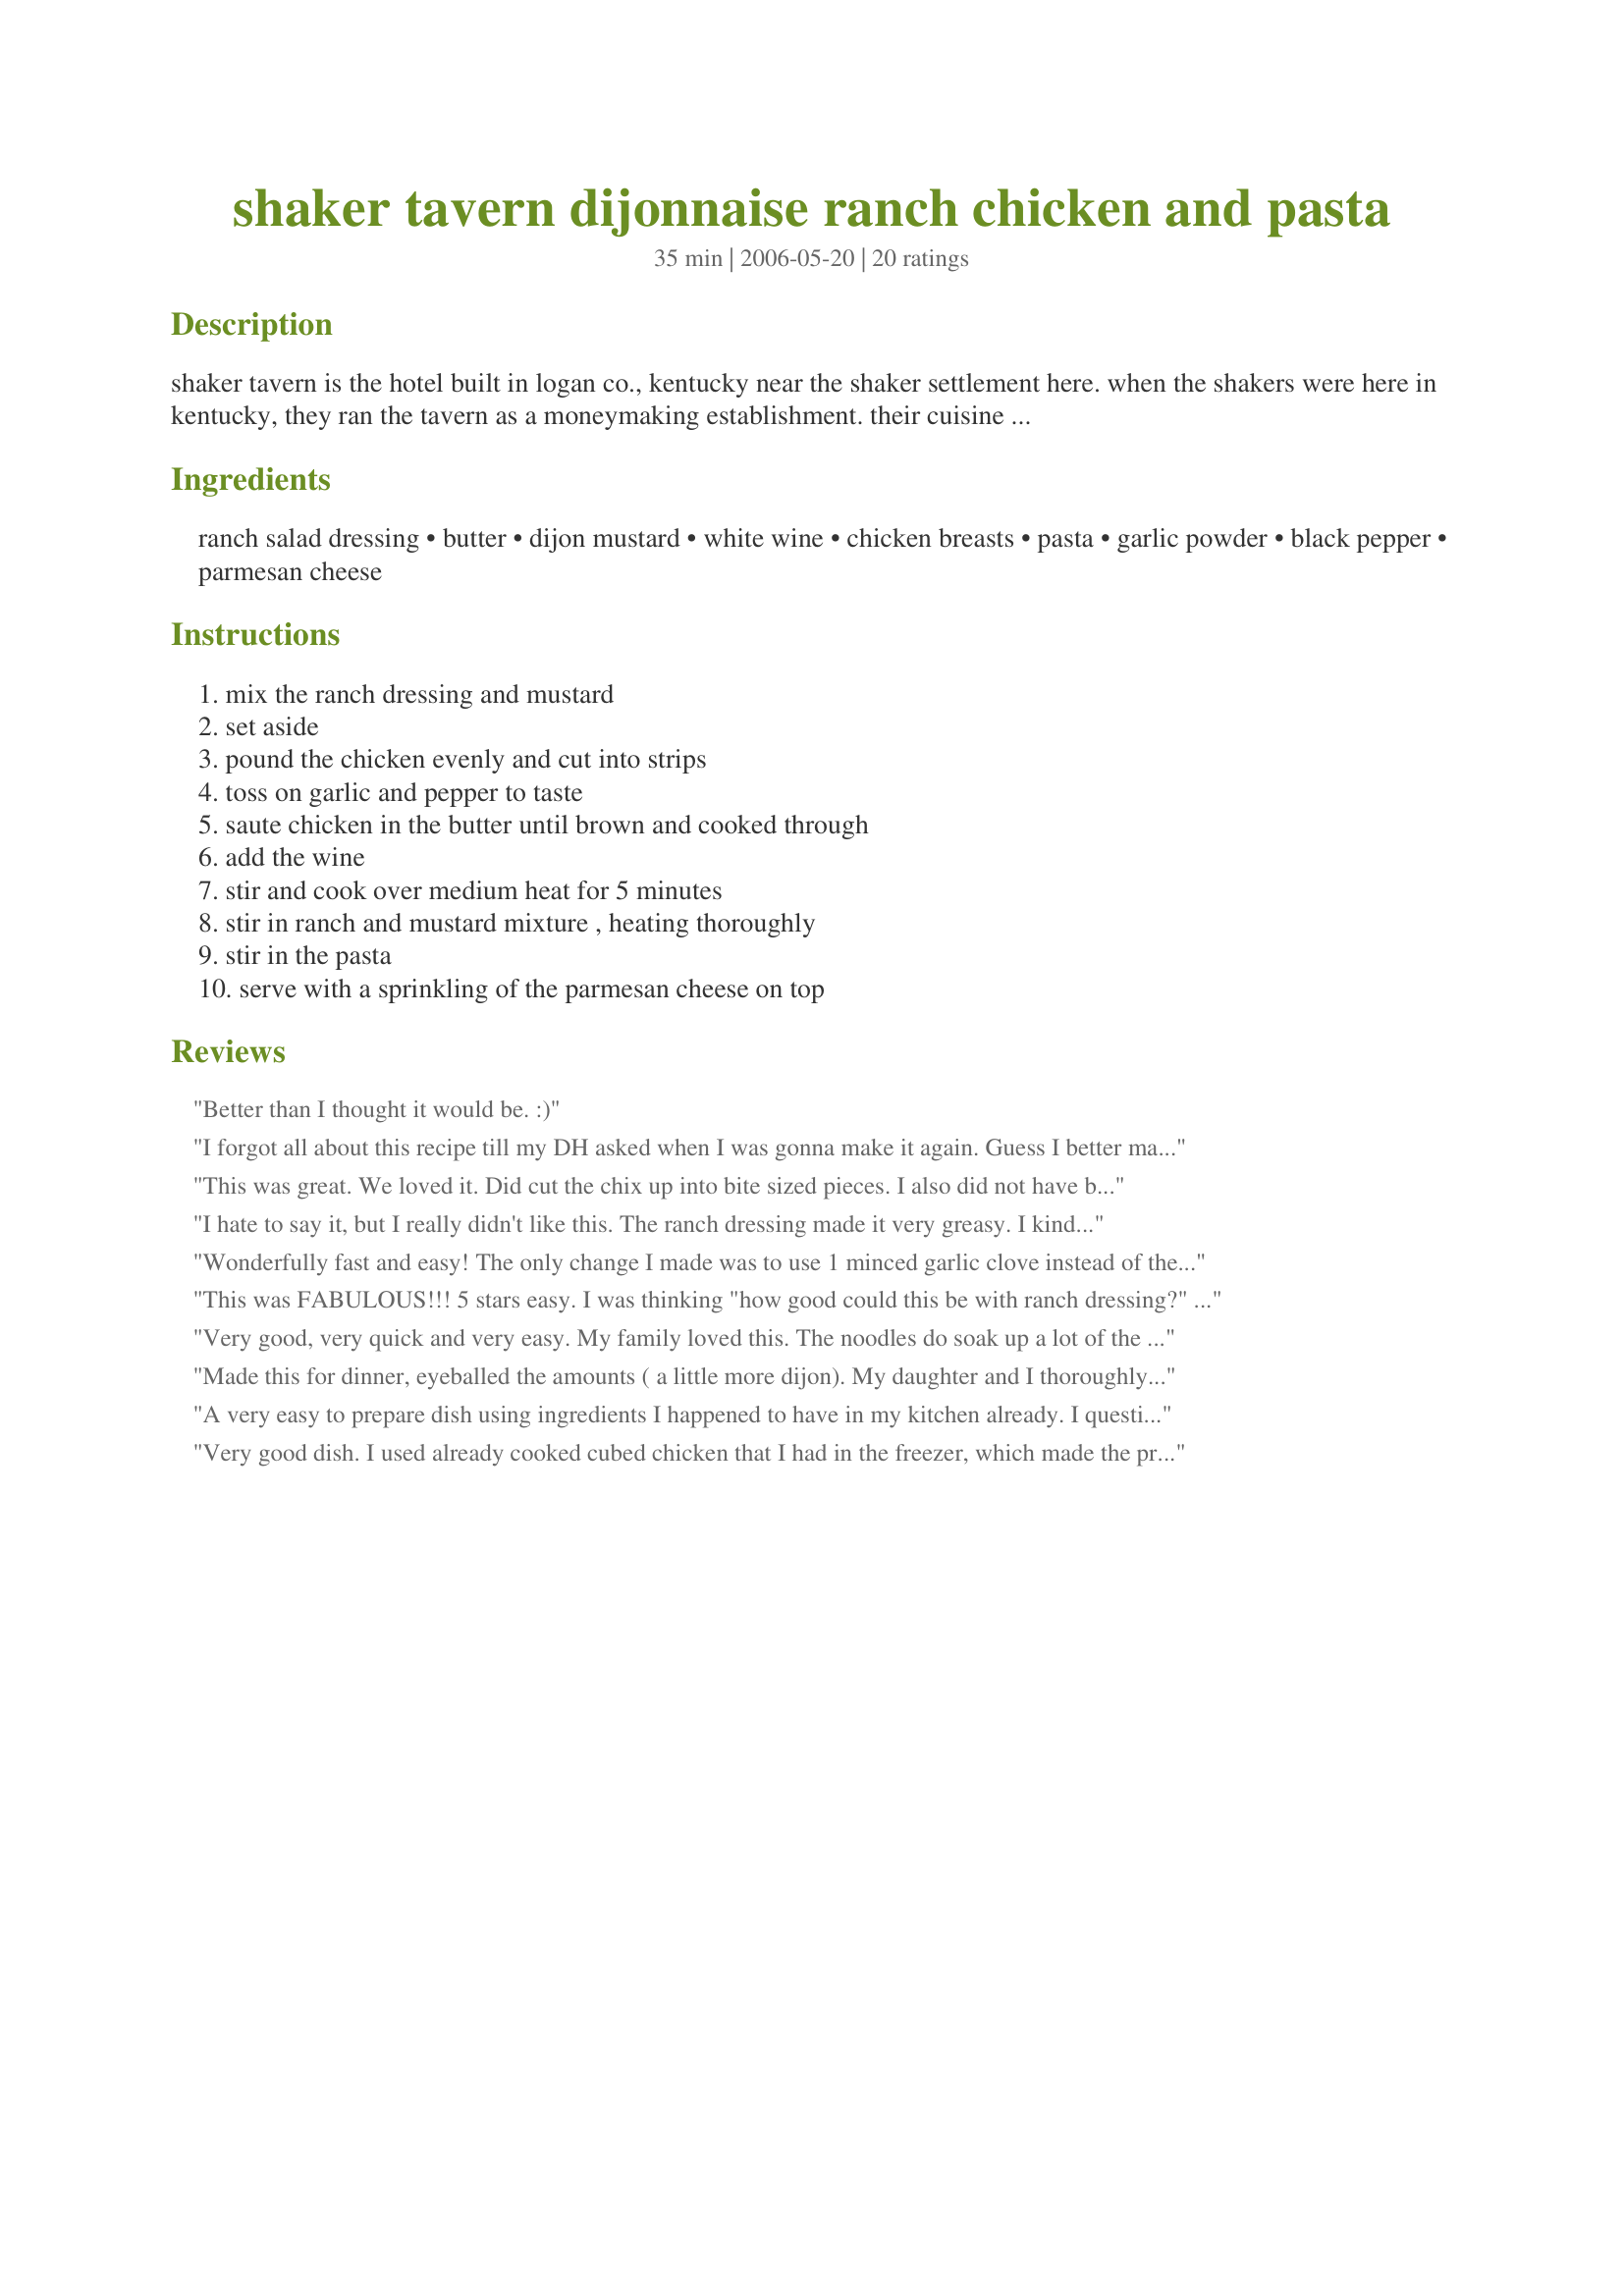
shaker tavern dijonnaise ranch chicken and pasta
Preparation time: 35 minutes

shaker tavern is the hotel built in logan co., kentucky near the shaker settlement here. when the shakers were here in kentucky, they ran the tavern as a moneymaking establishment. their cuisine was top notch. this dish is still served at the tavern and is absolutely over the top.

Ingredients:
ranch salad dressing, butter, dijon mustard, white wine, chicken breasts, pasta, garlic powder, black pepper, parmesan cheese

Steps:
mix the ranch dressing and mustard, set aside, pound the chicken evenly and cut into strips, toss on garlic and pepper to taste, saute chicken in the butter until brown and cooked through, add the wine, stir and cook over medium heat for 5 minutes, stir in ranch and mustard mixture , heating thoroughly, stir in the pasta, serve with a sprinkling of the parmesan cheese on top

Reviews:
Better than I thought it would be. :)
I forgot all about this recipe till my DH asked when I was gonna make it again. Guess I better make it soon. ;) I add baby spinach to ours. This is a must try recipe. Ohhhhh so good!
This was great. We loved it. Did cut the chix up into bite sized pieces. I also did not have butter so used "Can't believe this is not butter". Also, I did 2 tsp of the mustard (Grey Poupon) because we love that flavor. We pigged - because of this we will only get 4 servings vs. 6-8. Thanks for the recipe - love trying new and different things.
I hate to say it, but I really didn't like this. The ranch dressing made it very greasy. I kind of just tasted like chicken and pasta in mayonnaise.
Wonderfully fast and easy! The only change I made was to use 1 minced garlic clove instead of the garlic powder- didnt have any. This made a fantastic meal! Thank you Amy!
This was FABULOUS!!! 5 stars easy. I was thinking "how good could this be with ranch dressing?" I read the reviews and gave it a try. All the guests were very impressed. The only modifications were 1 clove mnced garlic instead of garlic power. 5 TBS butter instead of 8. And I minced up 4 or 5 sun dried tomatoes and mixed it into the sauce. I will definitely make this again. A for sure keeper. Thanks for sharing!!
Very good, very quick and very easy. My family loved this. The noodles do soak up a lot of the sauce, so don't worry if it looks too saucy.
Made this for dinner, eyeballed the amounts ( a little more dijon). My daughter and I thoroughly enjoyed it - she said her favorite dinner - with roasted zucchini. Will make again. Used shell pasta, and would cut the chicken into cubes/bite sized pieces, rather than strips.
A very easy to prepare dish using ingredients I happened to have in my kitchen already. I questioned the large amount of butter and ranch dressing, so I started with only about 2 Tbsp butter (rather than 1/2 cup) and only 1/2 cup of the ranch dressing. I was satisfied with the results using these reduced amounts, and it made the dish overall a bit healthier. (Due to the large changes I made, I didn't think it fari to leave any stars, so this is just a comment.)
Very good dish. I used already cooked cubed chicken that I had in the freezer, which made the prep quick and easy. I used a crushed clove of garlic instead of the garlic powder, and added a lot more than a "dash" of black pepper.
I am unsure if Ranch dressing in Australia is different to the US kind as our pasta dish was almost vinegary (if that is a word). A great idea and very easy, but not something I'd make again.
Delicious! What a great combination of flavors! Wouldn't change a thing!
Utterly deelish!
Ok, I usually don&#039;t write reviews but I had to for this. I use these sites all the time and the recipes are always good. I follow them step by step and they turn out great every time!! This has to be the worse recipe I have ever made in my 14 years of cooking for my family &quot;OK, maybe one other that was just as bad&quot;. Too much ranch, just, not tasty at all. So, I give this zero stars.
This was wonderful! I was looking for something for dinner on a Monday night. I had all of the ingredients on hand and it sounded quick and easy. This recipe sure did not disappoint! I did add some broccoli, which went very well. I will be making this again. :o)
This gets a four star rating on two levels. 1. Ease of preparation and 2. flavor. My kids absolutely loved this dish...asked for seconds and that never happens. The feedback about the fresh minced garlic was great. I used penzies buttermilk ranch dressing mix to make my own ranch dressing.
This is a keeper, both my DH & DS liked it which is a rare happening in this house. I decreased the butter by 1/2 and added another tsp. of mustard. I may decrease the pasta to 8 oz. next time. It is very good, thanks for a great dish.
This really is a wonderful recipe. When I looked at the ingredients I just could not see this dish being served in a restaurant... now that I have made it, I know it could be! I used Vermouth instead of white wine and that was the only adjustment I made. This is a fabulous recipe for those nights that you just don't have the time to go all out for dinner! Thanks Amy!!! I WILL be making this again!
This dish is a great way to disguise leftovers. I made this to using some leftover pork loin and veggies. I did not add in the butter, and the sauce remained creamy and flavorful. The flavors were mello, so I will add a little hot sauce to the dish next time.
This is a quick and easy meal. I reduced the butter to about 2 tablespoons. I used a powdered Ranch dressing mix and blended it with sour cream and milk. The resulting pasta sauce was nice and creamy (not greasy). I also increased the Dijon mustard and suggested by other reviewers to about 1 tablespoon.I like the suggestion to add broccoli florets and will be sure to add in the future.
